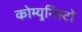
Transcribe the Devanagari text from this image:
कोम्युनिस्टों